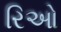
રિઓ